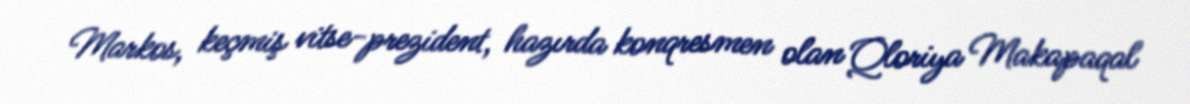
Markos, keçmiş vitse-prezident, hazırda konqresmen olan Qloriya Makapaqal